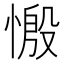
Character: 𢟝